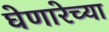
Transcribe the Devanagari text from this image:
घेणारेच्या